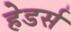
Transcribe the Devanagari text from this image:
हेडर्स